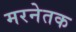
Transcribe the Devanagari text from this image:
मरनेतक